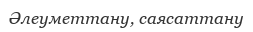
Әлеуметтану, саясаттану